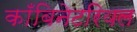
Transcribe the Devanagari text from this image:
काँबिनेटरियल